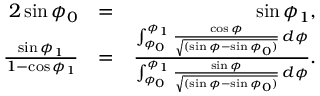
\begin{array} { r l r } { 2 \sin \phi _ { 0 } } & { = } & { \sin \phi _ { 1 } , } \\ { \frac { \sin \phi _ { 1 } } { 1 - \cos \phi _ { 1 } } } & { = } & { \frac { \int _ { \phi _ { 0 } } ^ { \phi _ { 1 } } \frac { \cos \phi } { \sqrt { ( \sin \phi - \sin \phi _ { 0 } ) } } \, d \phi } { \int _ { \phi _ { 0 } } ^ { \phi _ { 1 } } \frac { \sin \phi } { \sqrt { ( \sin \phi - \sin \phi _ { 0 } ) } } \, d \phi } . } \end{array}